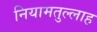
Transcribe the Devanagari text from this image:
नियामतुल्लाह